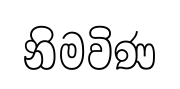
නිමවිණ